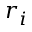
r _ { i }